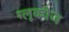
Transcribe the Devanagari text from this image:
ग्‍लूकोज